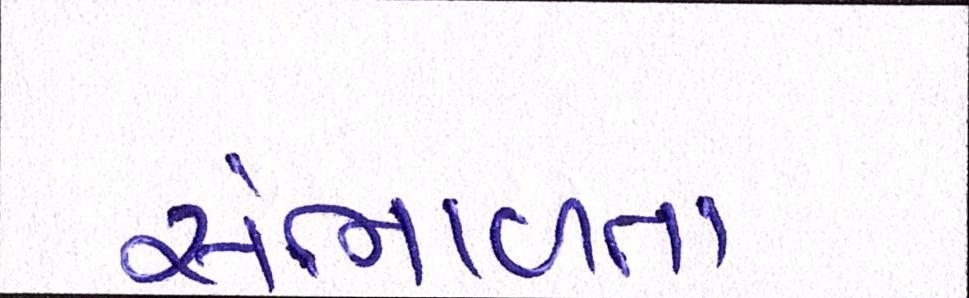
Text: સંભાળતા